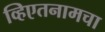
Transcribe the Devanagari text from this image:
व्हिएतनामचा